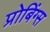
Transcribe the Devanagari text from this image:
प्रोबिंग्स